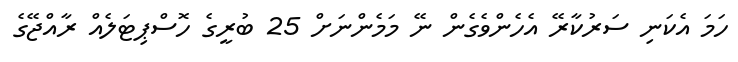
ހަމަ އެކަނި ސަރުކާރޭ އެހެންވެގެން ނޭ މަމެންނަށް 25 ބުރީގެ ހޮސްޕިޓަލެއް ރާއްޖޭގެ